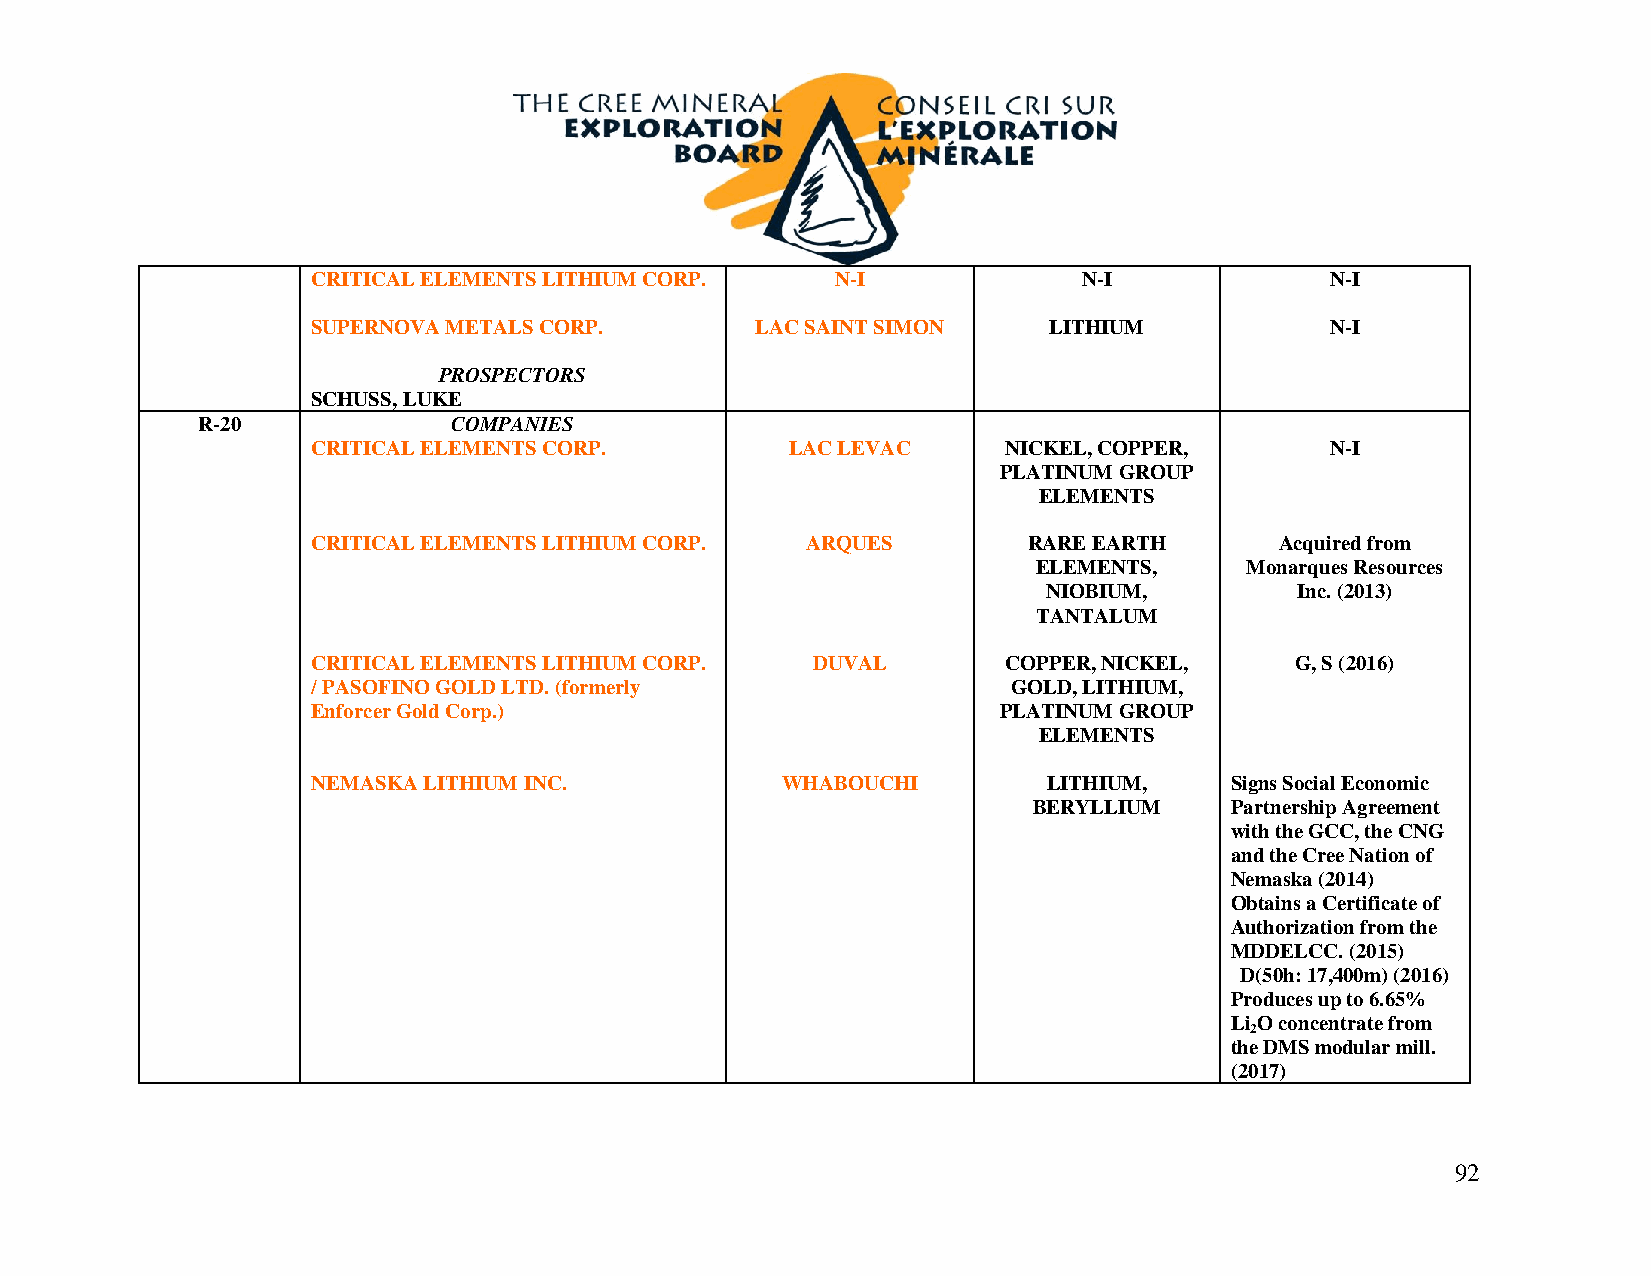
CRITICAL ELEMENTS LITHIUM CORP.   N-I              N-I             N-I
 SUPERNOVA METALS CORP.       LAC SAINT SIMON    LITHIUM            N-I
 PROSPECTORS
 SCHUSS, LUKE
 R-20             COMPANIES
 CRITICAL ELEMENTS CORP.        LAC LEVAC      NICKEL, COPPER,      N-I
 PLATINUM GROUP
 ELEMENTS
 CRITICAL ELEMENTS LITHIUM CORP. ARQUES         RARE EARTH       Acquired from
 ELEMENTS,    Monarques Resources
 NIOBIUM,         Inc. (2013)
 TANTALUM
 CRITICAL ELEMENTS LITHIUM CORP.  DUVAL        COPPER, NICKEL,    G, S (2016)
 / PASOFINO GOLD LTD. (formerly                GOLD, LITHIUM,
 Enforcer Gold Corp.)                         PLATINUM GROUP
 ELEMENTS
 NEMASKA LITHIUM INC.           WHABOUCHI        LITHIUM,    Signs Social Economic
 BERYLLIUM    Partnership Agreement
 with the GCC, the CNG
 and the Cree Nation of
 Nemaska (2014)
 Obtains a Certificate of
 Authorization from the
 MDDELCC. (2015)
 D(50h: 17,400m) (2016)
 Produces up to 6.65%
 Li O concentrate from
 2
 the DMS modular mill.
 (2017)
 92